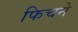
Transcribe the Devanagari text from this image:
फिचने